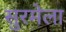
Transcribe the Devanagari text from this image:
सुरमेला